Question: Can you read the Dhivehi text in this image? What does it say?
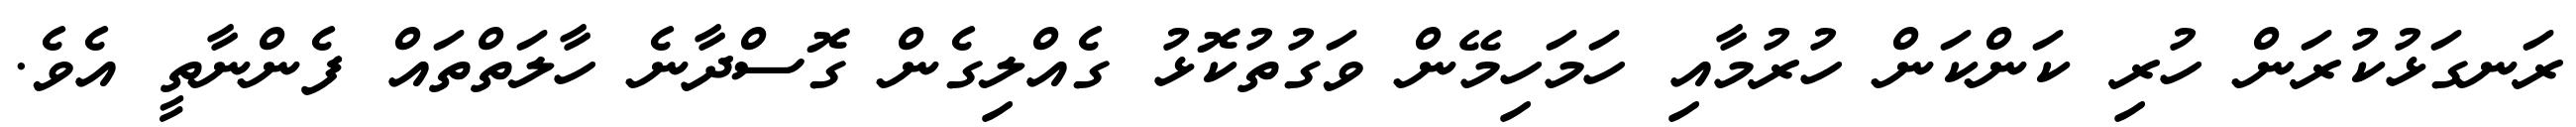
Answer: ރަނގަޅުކުރަން ހުރި ކަންކަން ހުރުމާއި ހަމަހިމޭން ވަގުތުކޮޅު ގެއްލިގެން ގޮސްދާނެ ހާލަތްތައް ފެންނާތީ އެވެ.